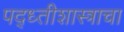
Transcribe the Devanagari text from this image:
पद्ध्तीशास्त्राचा